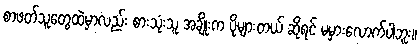
စာဖတ်သူတွေထဲမှာလည်း စားသုံးသူ အချိုးက ပိုများတယ် ဆိုရင် မမှားလောက်ပါဘူး။